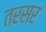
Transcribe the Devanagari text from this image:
तरसर